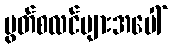
မွတ်စလင်များအပေါ်